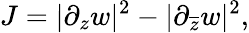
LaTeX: J=|\partial_{z}w|^{2}-|\partial_{\overline{{z}}}w|^{2},